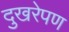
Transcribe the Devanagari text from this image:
दुखरेपण